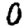
Digit: 0